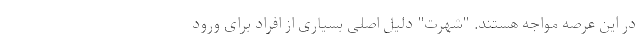
در این عرصه مواجه هستند. "شهرت" دلیل اصلی بسیاری از افراد برای ورود